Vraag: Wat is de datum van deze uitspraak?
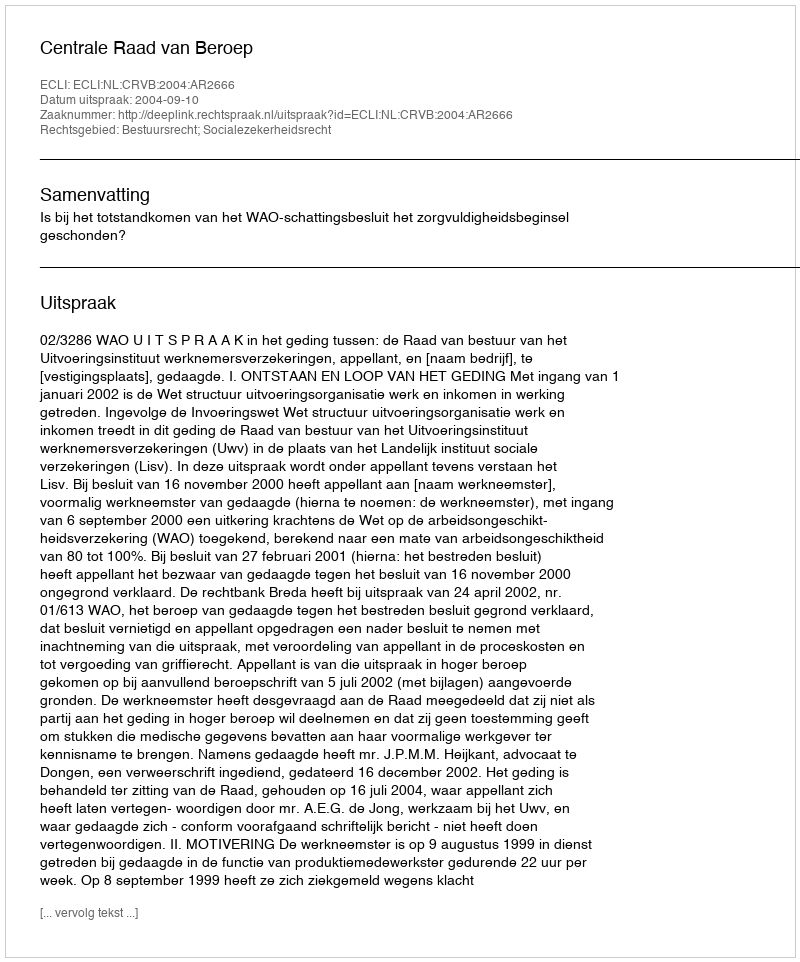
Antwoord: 2004-09-10